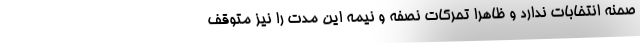
صحنه انتخابات ندارد و ظاهرا تحرکات نصفه و نیمه این مدت را نیز متوقف